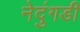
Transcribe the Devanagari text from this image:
नेदुंगडी